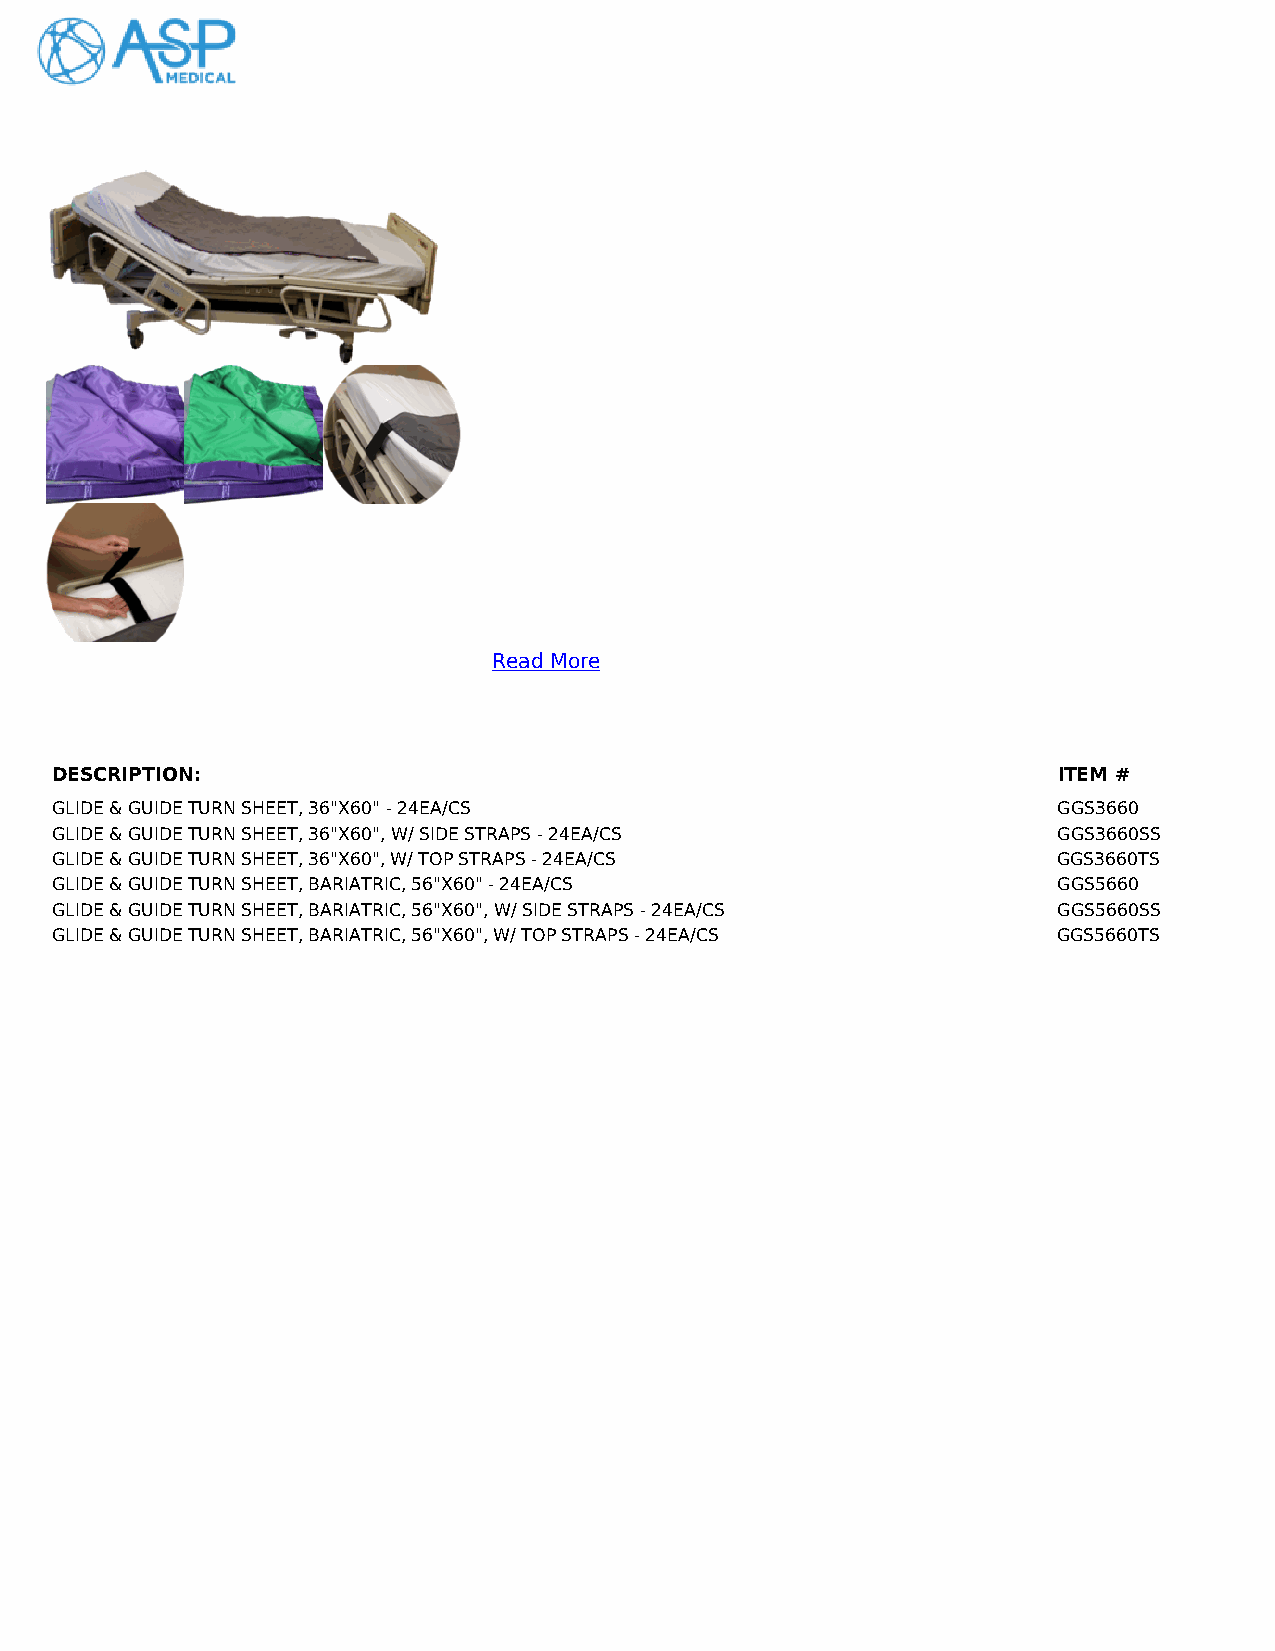
PRIMO  GLIDE & GUIDE  TURN  SHEETS
 Turn Sheets allow the staff to reposition and turn the patient
 with ease
 Patient fabric is soft against the skin, minimizing risks of skin
 shear and friction
 Slick bottom surface glides with ease to easily position the
 patient
 Lift handles located on underside of sheet for convenient
 gripping
 Decreases the risk of back and shoulder injuries to
 staff/caregiver
 Offered in standard and bariatric sizes
 Available with or without straps to secure the sheet to most
 beds
 Bariatric sheets have a green bottom to easily stand out from
 the purple standard sheet
 Read More
 DESCRIPTION:                                                       ITEM #
 GLIDE & GUIDE TURN SHEET, 36"X60" - 24EA/CS                        GGS3660
 GLIDE & GUIDE TURN SHEET, 36"X60", W/ SIDE STRAPS - 24EA/CS        GGS3660SS
 GLIDE & GUIDE TURN SHEET, 36"X60", W/ TOP STRAPS - 24EA/CS         GGS3660TS
 GLIDE & GUIDE TURN SHEET, BARIATRIC, 56"X60" - 24EA/CS             GGS5660
 GLIDE & GUIDE TURN SHEET, BARIATRIC, 56"X60", W/ SIDE STRAPS - 24EA/CS GGS5660SS
 GLIDE & GUIDE TURN SHEET, BARIATRIC, 56"X60", W/ TOP STRAPS - 24EA/CS GGS5660TS
 (C) 2020 ASP Medical                 Page: 3                 Call us today: (404) 696-6999